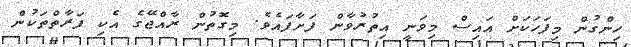
ހިންގުން މިފަހަކަށް އައިސް މިވަނީ އިތުރުވާން ފަށާފައެވެ. މިގޮތުން ރާއްޖޭގެ އެކި ފަރާތްތަކުން